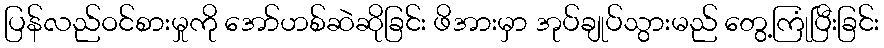
ပြန်လည်ဝင်စားမှုကို အော်ဟစ်ဆဲဆိုခြင်း ဖိအားမှာ အုပ်ချုပ်သွားမည် တွေ့ကြုံပြီးခြင်း